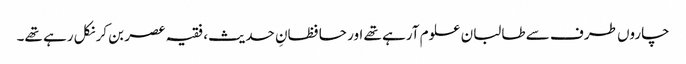
چاروں طرف سے طالبان علوم آرہے تھے اور حافظانِ حدیث، فقیہ عصر بن کر نکل رہے تھے۔